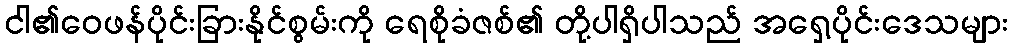
ငါ၏ဝေဖန်ပိုင်းခြားနိုင်စွမ်းကို ရေစိုခံဇစ်၏ တို့ပါရှိပါသည် အရှေ့ပိုင်းဒေသများ